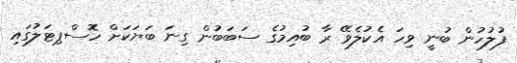
ފުލުހުން ބުނީ ވިހަ އެކުލެވޭ ރާ ބުއިމުގެ ސަބަބުން ގިނަ ބަޔަކަށް ހޮޮސްޕިޓަލުގައި